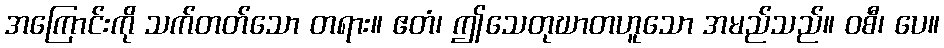
အကြောင်းကို သက်တတ်သော တရား။ ဧတံ၊ ဤသေတုဃာတဟူသော အမည်သည်။ ဝစီ၊ ပေ။